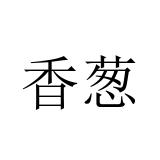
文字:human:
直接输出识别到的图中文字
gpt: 香葱